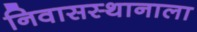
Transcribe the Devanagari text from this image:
निवासस्थानाला